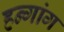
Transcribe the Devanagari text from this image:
हन्गांग